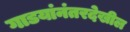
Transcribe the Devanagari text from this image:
गाडयांनंतरदेखील